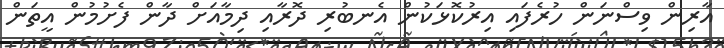
އާރިން ވިސްނަން ހުރެފައި އިރުކޮޅަކުން އެނބުރި ދޮރާއި ދިމާއަށް ދާން ފެށުމުން އީތަން